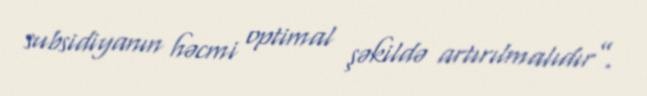
subsidiyanın həcmi optimal şəkildə artırılmalıdır”.